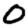
Digit: 0